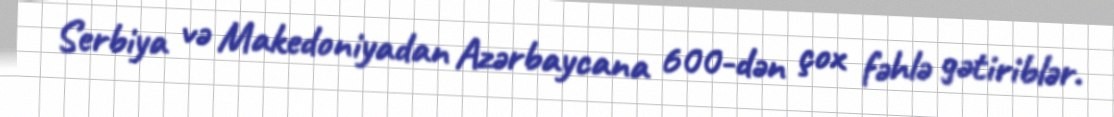
Serbiya və Makedoniyadan Azərbaycana 600-dən çox fəhlə gətiriblər.